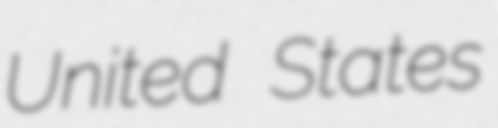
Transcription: United States